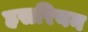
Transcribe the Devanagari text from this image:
हसरियन